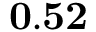
\mathbf { 0 . 5 2 }